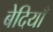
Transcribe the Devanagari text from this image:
बेदियाँ